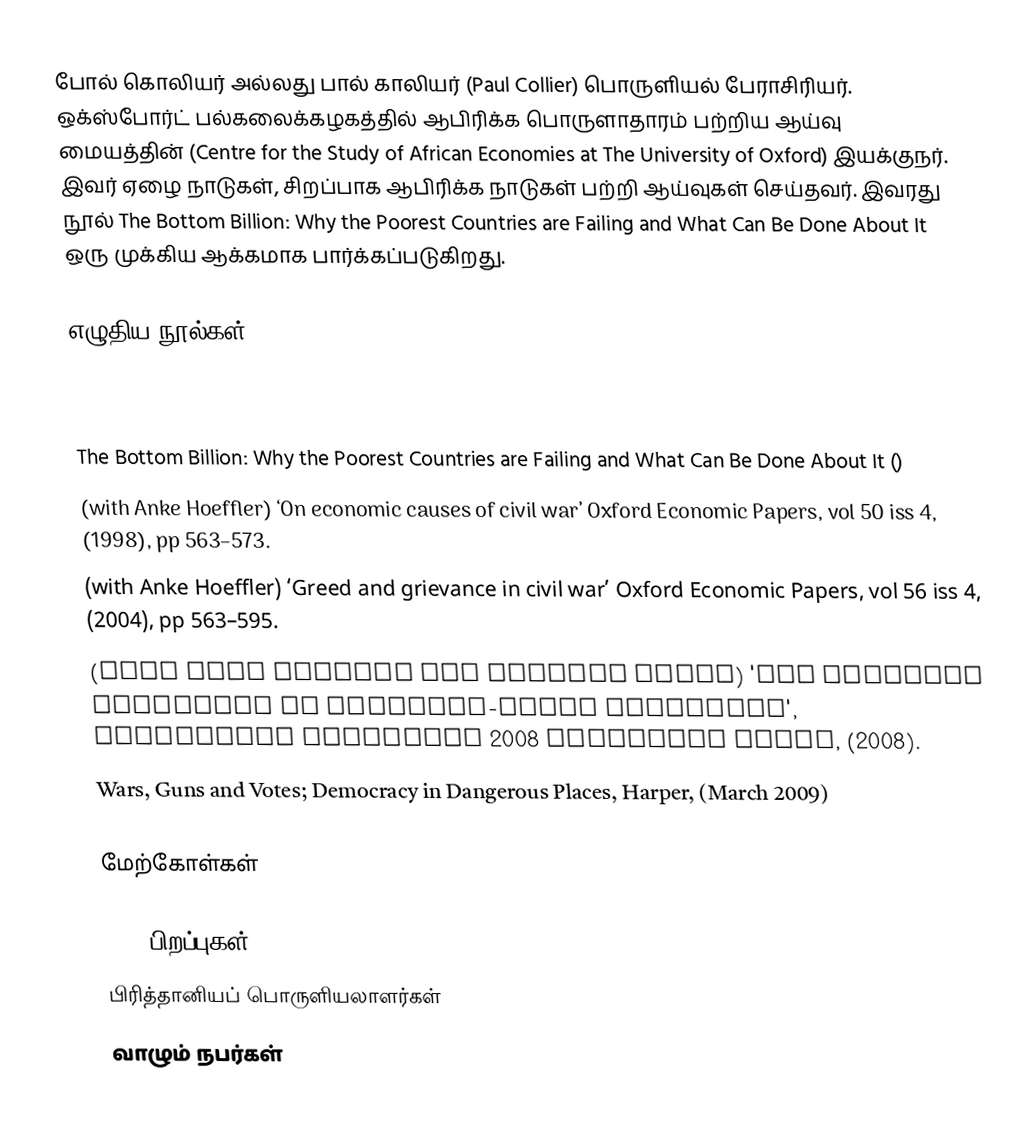
போல் கொலியர் அல்லது பால் காலியர் (Paul Collier) பொருளியல் பேராசிரியர். ஒக்ஸ்போர்ட் பல்கலைக்கழகத்தில் ஆபிரிக்க பொருளாதாரம் பற்றிய ஆய்வு மையத்தின் (Centre for the Study of African Economies at The University of Oxford) இயக்குநர். இவர் ஏழை நாடுகள், சிறப்பாக ஆபிரிக்க நாடுகள் பற்றி ஆய்வுகள் செய்தவர். இவரது நூல் The Bottom Billion: Why the Poorest Countries are Failing and What Can Be Done About It ஒரு முக்கிய ஆக்கமாக பார்க்கப்படுகிறது.

எழுதிய நூல்கள்
 The Plundered Planet: Why We Must, and How We Can, Manage Nature for Global Prosperity (2010)
 Labour and poverty in rural Tanzania: Ujamaa and rural development in the United Republic of Tanzania
 The Bottom Billion: Why the Poorest Countries are Failing and What Can Be Done About It ()
 (with Anke Hoeffler) ‘On economic causes of civil war’ Oxford Economic Papers, vol 50 iss 4, (1998), pp 563–573.
 (with Anke Hoeffler) ‘Greed and grievance in civil war’ Oxford Economic Papers, vol 56 iss 4, (2004), pp 563–595.
 (with Lisa Chauvet and Haavard Hegre) 'The Security Challenge in Conflict-Prone Countries', Copenhagen Consensus 2008 Challenge Paper, (2008).
 Wars, Guns and Votes; Democracy in Dangerous Places, Harper, (March 2009)

மேற்கோள்கள்

1949 பிறப்புகள்
பிரித்தானியப் பொருளியலாளர்கள்
வாழும் நபர்கள்